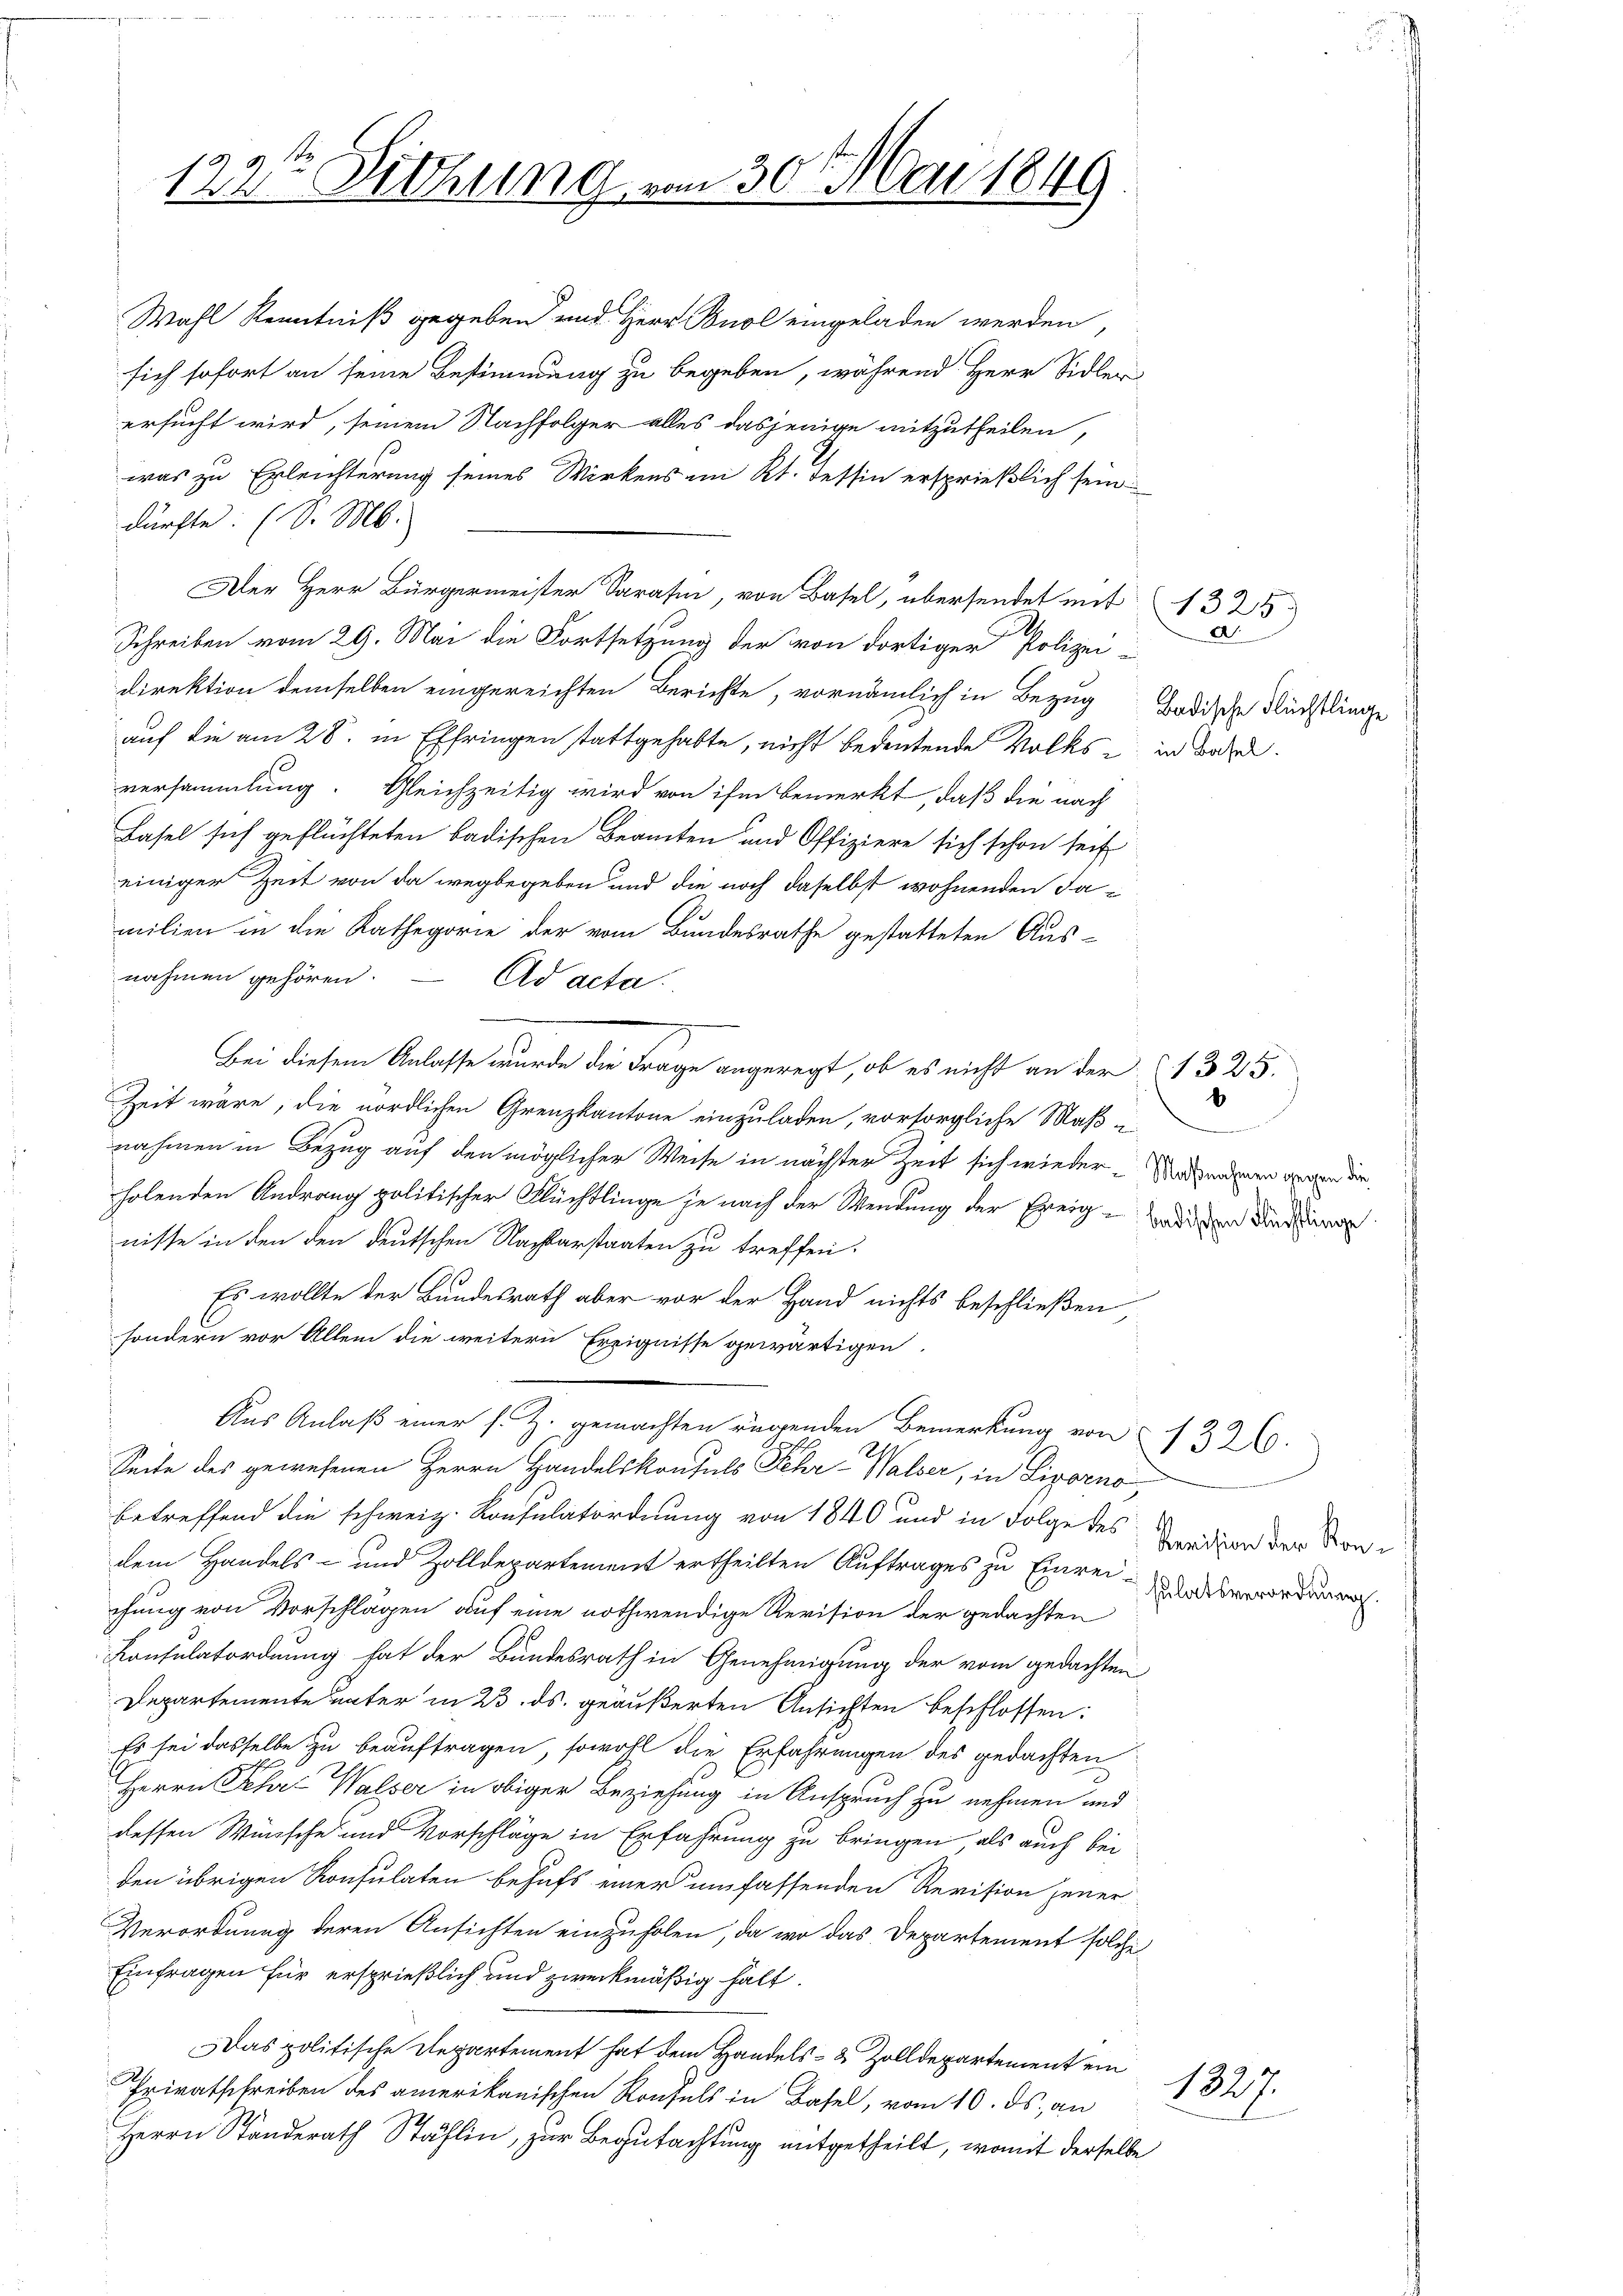
122te Sitzung vom 30. Mai 1849

Wahl Kenntniß gegeben und Herr Buol eingeladen werden
sich sofort an seine Bestimmung zu begeben, während Herr Sidler
ersucht wird, seinem Nachfolger alles dasjenige mitzutheilen,
was zu Erleichterung seines Wirkens im Kt. Tessin ersprießlich sein
dürfte. (v. Ms.
Der Herr Bürgermeister Sara, von Basel, übersendet mit 1321
Schreiben vom 29. Mai die Fortsetzung der von dortiger Polizei-
direktion demselben eingereichten Berichte, vornämlich in Bezug Badische Flüchtlinge
auf die am 28. in Effringen stattgehabte, nicht bedeutende Volks - in dadu
versammlung. Gleichzeitig wird von ihm bemerkt, daß die nach
Basel sich geflüchteten badischen Beamten und Offiziere sich schon seit
einiger Zeit von da wegbegeben und die noch daselbst wohnenden Jamilien in die Kathegorie der vom Bundesrathe gestatteten Aus-
nahmen gehören.
Ad acta.
Bei diesem Anlasse wurde die Frage angeregt, ob es nicht an der 1325.
Zeit wäre, die nördlichen Grenzkantone einzuladen, vorsorgliche Maßnahmen in Bezug auf den möglicher Weise in nächster Zeit sich wieder-Urdenden gegen der
holenden Andrang politischer Flüchtlinge je nach der Wendung der Ereig- wieden den
nisse in den den deutschen Nachbarstaaten zu treffen.
Es wollte der Bundesrath aber vor der Hand nichts beschließen
sondern vor Allem die weitern Ereignisse gewärtigen
Aus Anlaß einer s. Z. gemachten rügenden Bemerkung von
Seite des gewesenen Herrn Handelskonsuls Fehr-Walder, in Liporno
betreffend die schweiz. Konsulatordnung von 1840 und in Folge des
dem Handels- und Zolldepartement ertheilten Auftrages zu Einreichung von Vorschlägen auf eine nothwendige Revision der gedachten
Konsulatordnung hat der Bundesrath in Genehmigung der vom gedachten
Departemente unter in 23. ds. geäußerten Ansichten beschlossen:
Es sei dasselbe zu beauftragen, sowohl die Erfahrungen des gedachten
Herrn Sehr Walser in obiger Beziehung in Anspruch zu nehmen und
dessen Wünsche und Vorschläge in Erfahrung zu bringen, als auch bei
den übrigen Konsulaten behufs einer umfassenden Revision jener
Verordnung deren Ansichten einzuholen, da wo das Departement solche
Einfragen für ersprießlich und zweckmäßig halt.
Das politische Departement hat dem Handels- & Zolldepartement ein
Privatschreiben des amerikanischen Konsuls in Basel, vom 10. ds. an
Herrn Standerath Stählin, zur Begutachtung mitgetheilt, womit derselbe

D

Revision der Konsulatsverordnung.

1326.

1827.